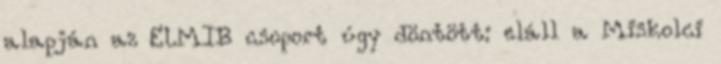
alapján az ELMIB csoport úgy döntött: eláll a Miskolci